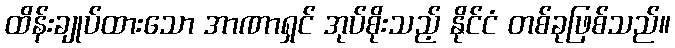
ထိန်းချုပ်ထားသော အာဏာရှင် အုပ်စိုးသည့် နိုင်ငံ တစ်ခုဖြစ်သည်။